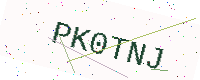
Text: PK0TNJ